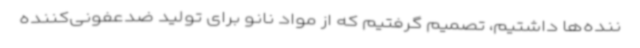
ننده‌ها داشتیم، تصمیم گرفتیم که از مواد نانو برای تولید ضدعفونی‌کننده